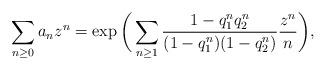
LaTeX: \begin{align*} \sum_{n \geq 0} a_n z^n = \exp\bigg( \sum_{n\geq 1} \frac{1-q_1^nq_2^n}{(1-q_1^n)(1-q_2^n)} \frac{z^n}{n} \bigg), \end{align*}